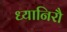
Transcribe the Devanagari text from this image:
ध्यानिरौ